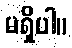
မရှိပါ။